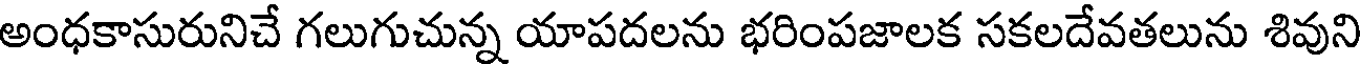
అంధకాసురునిచే గలుగుచున్న యాపదలను భరింపజాలక సకలదేవతలును శివుని